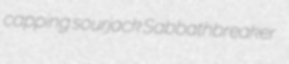
capping sourjack Sabbathbreaker